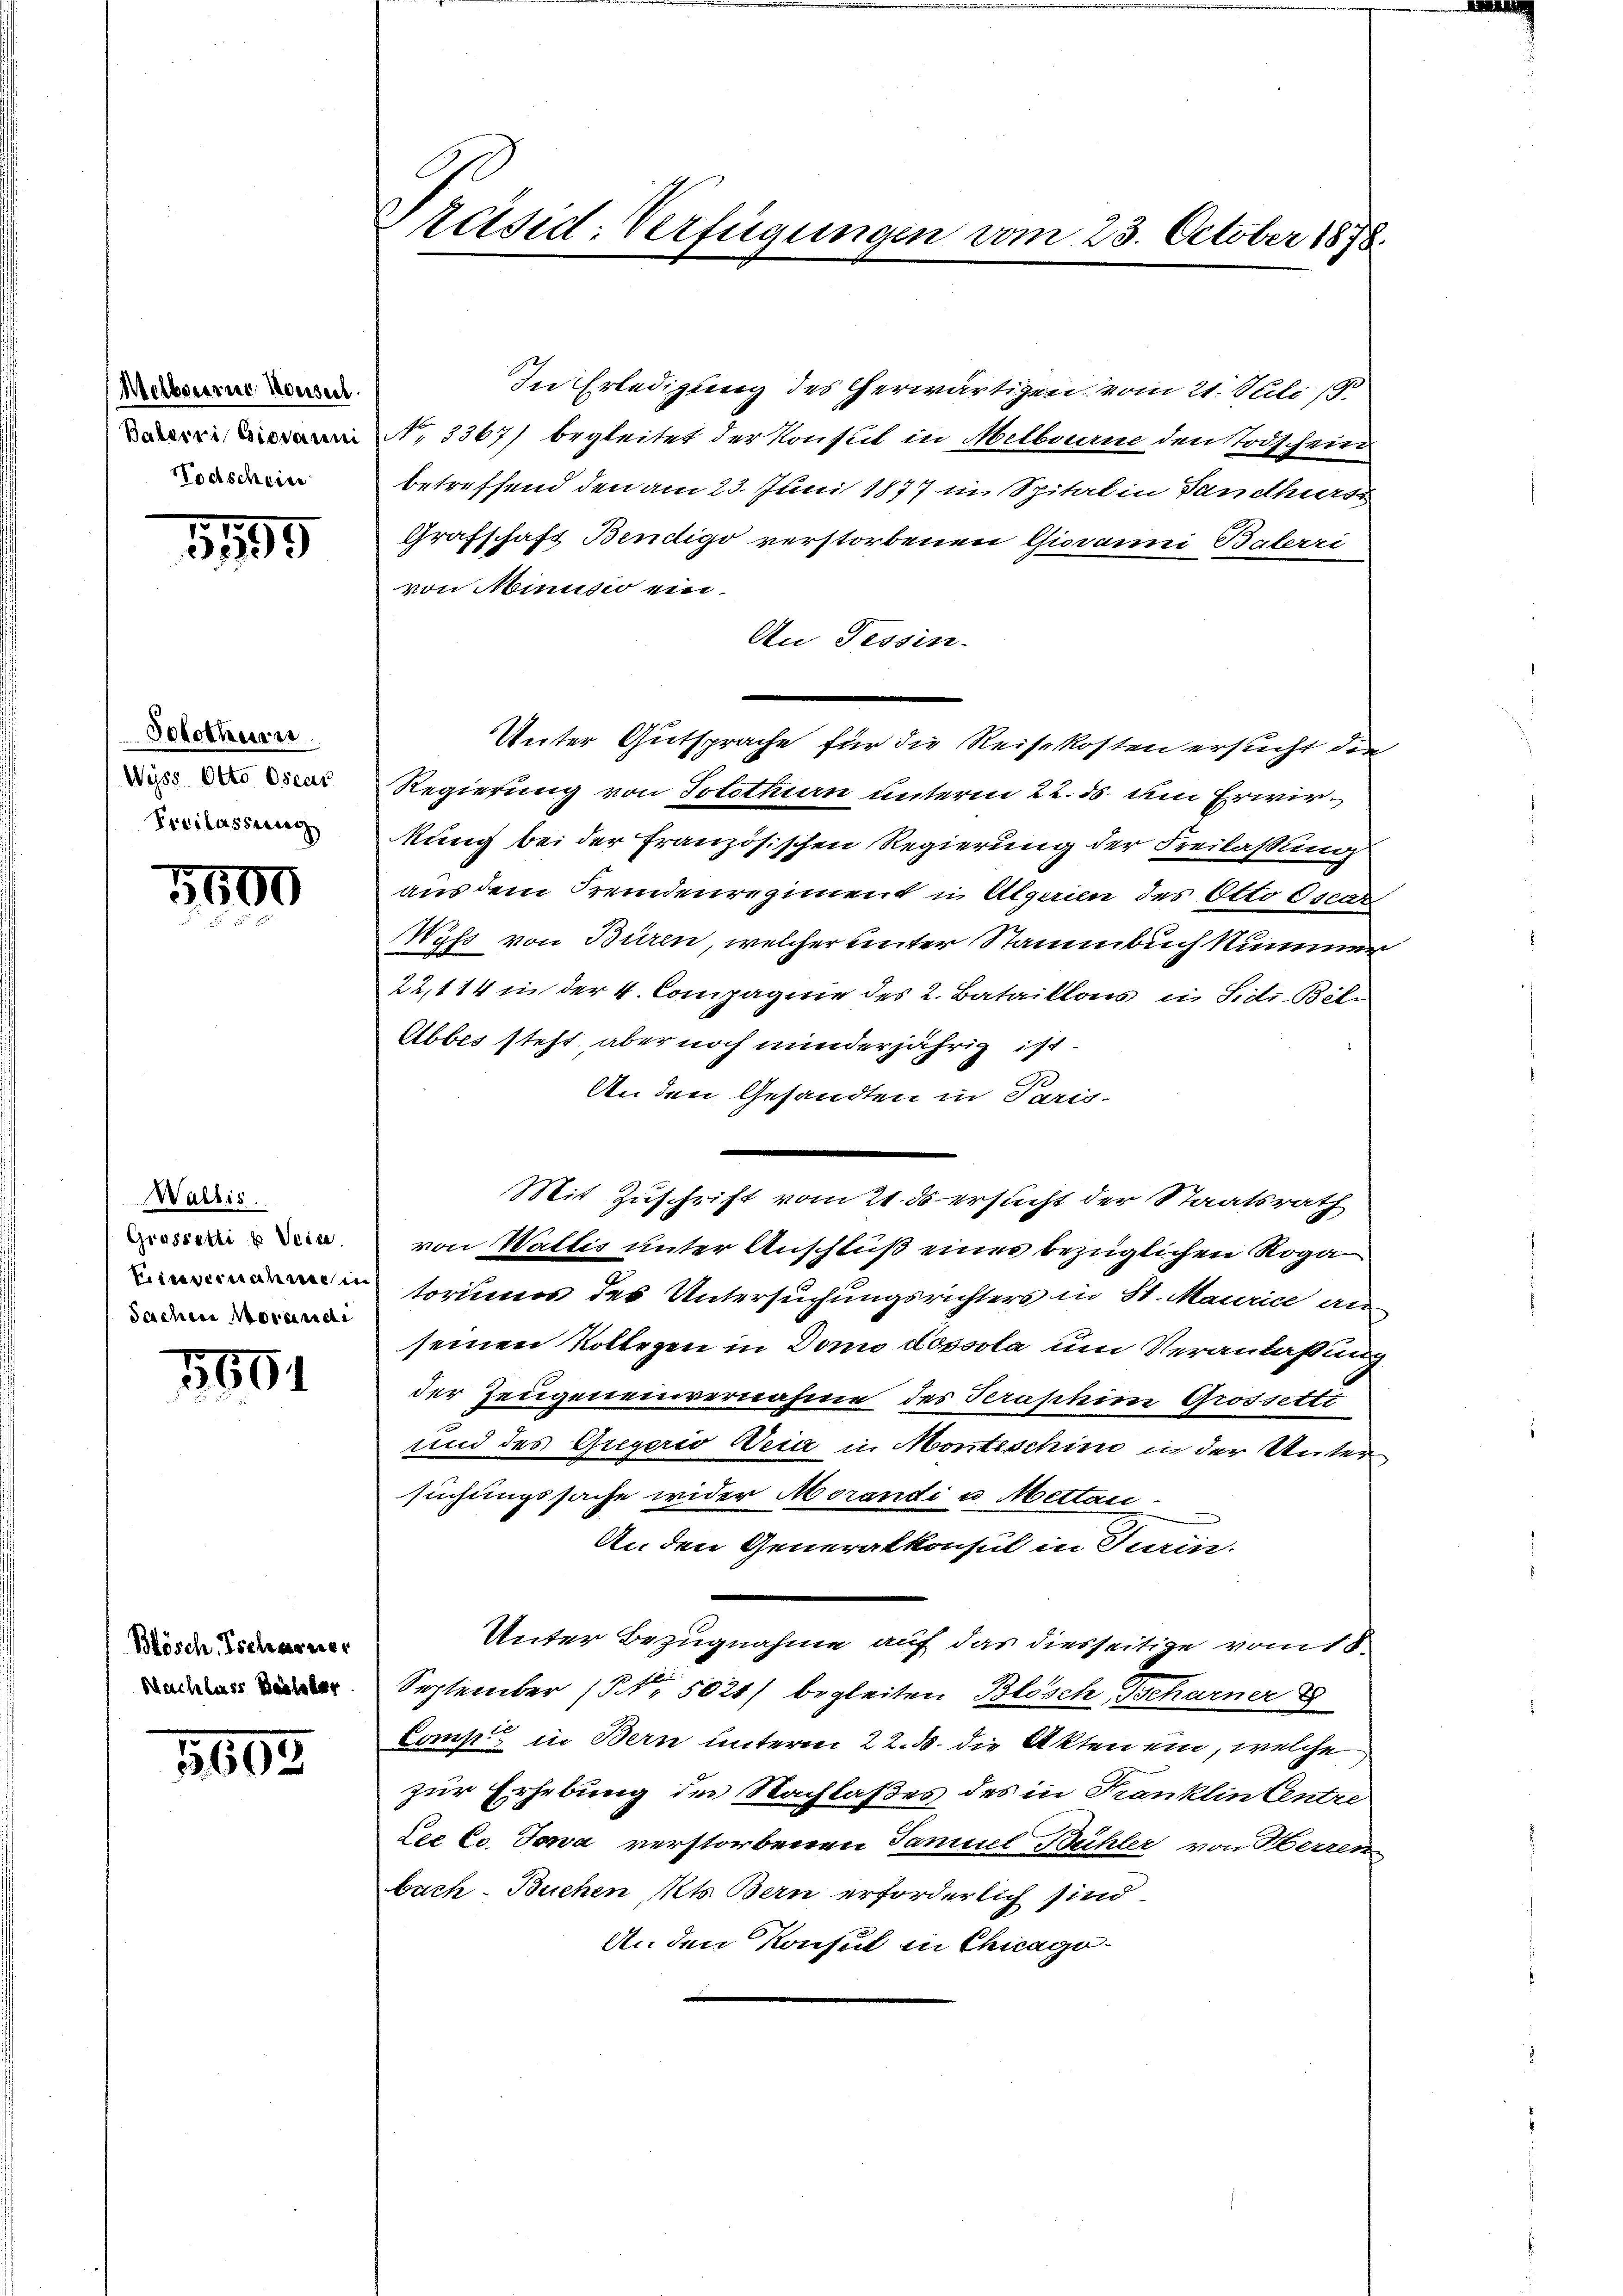
Melbourne Konseil
Baberri Giovanni
Nodschein

1799

Solothurn
Wyss Otto Oscar
Freilassung

5500

Wallis.
Grossetti u. Vein.
Einvernahme in
Sachere Morandi

5854

Bösch, Tscharner
Nachlass Besteher

1605

Päsid. Verfügungen vom 23. October 1878.

In Erledigung des herwärtigen vom 21. Juli 1/9.
No, 3367) begleitet der Konsul in Melbourne den Todschein
betreffend den am 23. Juni 1877 im Spital in Sandhurst
Grafschaft Bendigo verstorbenen Giovanni Balerri
von Minusio ein.
An Tessin.
Unter Gutsprache für die Reisekosten ersucht die
Regierung von Solothurn unterm 22. ds. am Erwirkung bei der französischen Regierung der Freilassung
aus dem Fremdenregiment in Algerien des Otto Oscan
Wyss von Büren, welcher unter Stammbuch Nummer
22,114 in der 4. Compagnie des L. Bataillons in Sidi Bel¬
Abbes steht, aber noch minderjährig ist.
An den Gesandten in Paris.
Mit Zuschrift vom 21. ds ersucht der Staatsrath
von Wattis unter Anschluß eines bezüglichen Roga
toriums des Untersuchungsrichters in St. Maurice an
seinen Kollegen in Domo dopsola um Veranlaßung
der Zeugeneinvernahme des Teraphim Grossetti
und des Greyeris Weid in Monteschini in der Unter
suchungssache wider Morandi u Mettan-
An den Generalkonsul in Turin.
Unter Bezugnahme auf das diesseitige vom 18.
September (Nr. 5021) begleiten Blösch, Beharner 8
Comp. in Bern unterm 22. ds. die Akten ein, welche
zur Erhebung des Nachlaßes des in Kranklin Centre
Lee Cc. Jona verstorbenen Samuel Bühler von Herren
buch-Buchen Kts. Bern erforderlich sind.
An den Konsul in Chicago¬